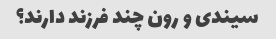
سیندی و رون چند فرزند دارند؟